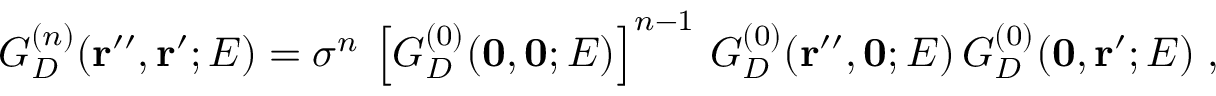
G _ { D } ^ { ( n ) } ( { \bf r ^ { \prime \prime } } , { \bf r ^ { \prime } } ; E ) = \sigma ^ { n } \, \left[ G _ { D } ^ { ( 0 ) } ( { \bf 0 } , { \bf 0 } ; E ) \right] ^ { n - 1 } \, G _ { D } ^ { ( 0 ) } ( { \bf r } ^ { \prime \prime } , { \bf 0 } ; E ) \, G _ { D } ^ { ( 0 ) } ( { \bf 0 } , { \bf r } ^ { \prime } ; E ) \; ,